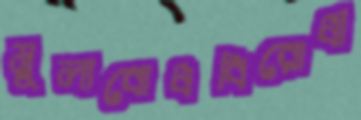
মূল্যবোধবিরোধী